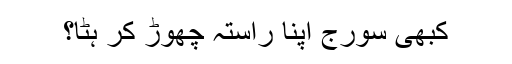
کبھی سورج اپنا راستہ چھوڑ کر ہٹا؟